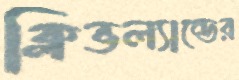
ক্লিভল্যান্ডের